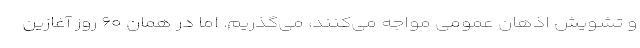
و تشویش اذهان عمومی مواجه می‌کنند، می‌گذریم. اما در همان ۶۰ روز آغازین